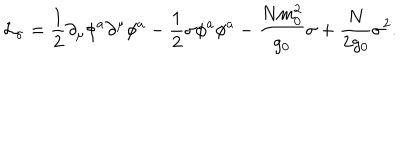
LaTeX: { \cal L } _ { \sigma } = { \frac { 1 } { 2 } } \partial _ { \mu } \phi ^ { a } \partial ^ { \mu } \phi ^ { a } - { \frac { 1 } { 2 } } \sigma \phi ^ { a } \phi ^ { a } - { \frac { N m _ { 0 } ^ { 2 } } { g _ { 0 } } } \sigma + { \frac { N } { 2 g _ { 0 } } } \sigma ^ { 2 } .